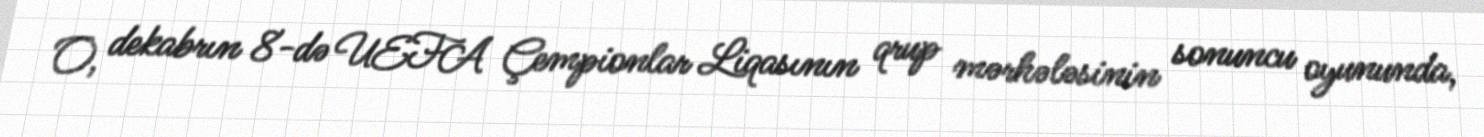
O, dekabrın 8-də UEFA Çempionlar Liqasının qrup mərhələsinin sonuncu oyununda,